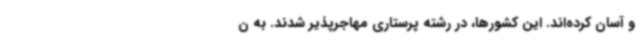
و آسان کرده‌اند. این کشورها، در رشته پرستاری مهاجرپذیر شدند. به ن